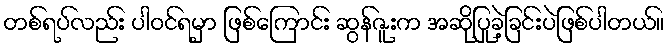
တစ်ရပ်လည်း ပါဝင်ရမှာ ဖြစ်ကြောင်း ဆွန်ဇူးက အဆိုပြုခဲ့ခြင်းပဲဖြစ်ပါတယ်။